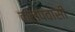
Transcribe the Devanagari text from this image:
कल्पवासी